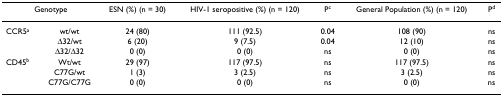
<table><thead><tr><td colspan="2"><b>Genotype</b></td><td><b>ESN (%) (n = 30)</b></td><td><b>HIV-1 seropositive (%) (n = 120)</b></td><td><b>P<sup>c</sup></b></td><td><b>General Population (%) (n = 120)</b></td><td><b>P<sup>d</sup></b></td></tr></thead><tbody><tr><td>CCR5<sup>a</sup></td><td>wt/wt</td><td>24 (80)</td><td>111 (92.5)</td><td>0.04</td><td>108 (90)</td><td>ns</td></tr><tr><td></td><td>Δ32/wt</td><td>6 (20)</td><td>9 (7.5)</td><td>0.04</td><td>12 (10)</td><td>ns</td></tr><tr><td></td><td>Δ32/Δ32</td><td>0 (0)</td><td>0 (0)</td><td>ns</td><td>0 (0)</td><td>ns</td></tr><tr><td>CD45<sup>b</sup></td><td>Wt/wt</td><td>29 (97)</td><td>117 (97.5)</td><td>ns</td><td>117 (97.5)</td><td>ns</td></tr><tr><td></td><td>C77G/wt</td><td>1 (3)</td><td>3 (2.5)</td><td>ns</td><td>3 (2.5)</td><td>ns</td></tr><tr><td></td><td>C77G/C77G</td><td>0 (0)</td><td>0 (0)</td><td>ns</td><td>0 (0)</td><td>ns</td></tr></tbody></table>